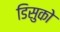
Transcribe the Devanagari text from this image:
डिसुको